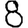
Digit: 8